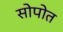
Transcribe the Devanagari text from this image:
सोपोत